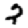
Digit: 2